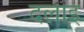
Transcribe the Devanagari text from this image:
दलाइ